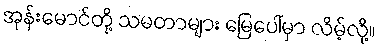
အုန်းမောင်တို့ သမတာများ မြေပေါ်မှာ လိမ့်လို့။